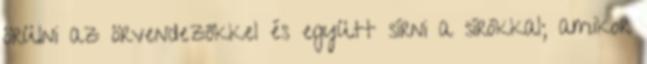
örülni az örvendezőkkel és együtt sírni a sírókkal; amikor